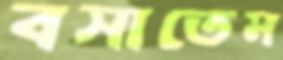
বসাতেম